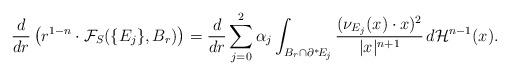
LaTeX: \begin{align*} \frac{d}{dr} \left(r^{1-n} \cdot \mathcal{F}_S(\{E_j\},B_r) \right) = \frac{d}{dr}\sum^2_{j=0} \alpha_j \int_{B_r\cap\partial^*\!E_j} \frac{(\nu_{E_j}(x)\cdot x)^2}{|x|^{n+1}}\, d\mathcal{H}^{n-1}(x).\end{align*}